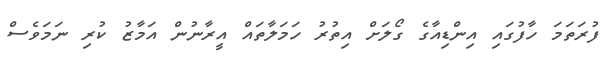
ފުރަތަމަ ހާފުގައި އިންޑިއާގެ ގޯލަށް އިތުރު ހަމަލާތައް އީރާނުން އަމާޒު ކުރި ނަމަވެސް